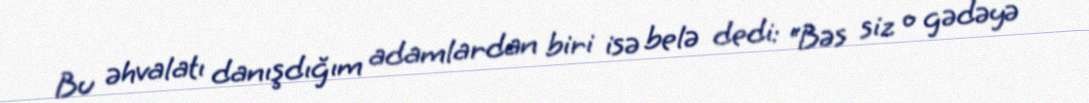
Bu əhvalatı danışdığım adamlardan biri isə belə dedi: “Bəs siz o gədəyə